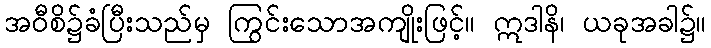
အဝီစိ၌ခံပြီးသည်မှ ကြွင်းသောအကျိုးဖြင့်။ ဣဒါနိ၊ ယခုအခါ၌။